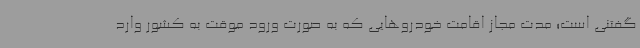
گفتنی است؛ مدت مجاز اقامت خودروهایی که به صورت ورود موقت به کشور وارد